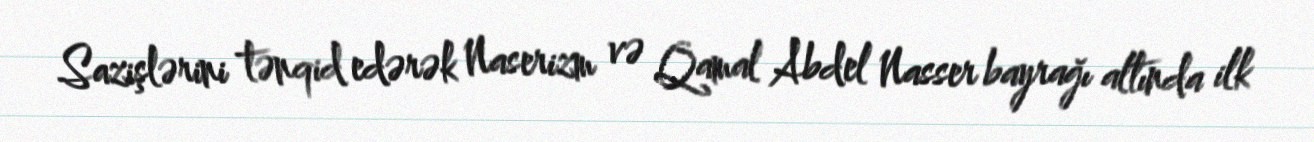
Sazişlərini tənqid edərək Naserizm və Qamal Abdel Nasser bayrağı altında ilk